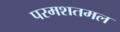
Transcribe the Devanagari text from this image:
परमशतमल